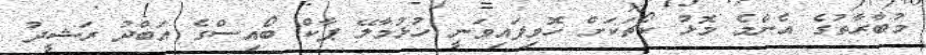
މުބާރާތުގެ އެންމެ މޮޅު ކޯޗަކަށް ހޮވިފައިވަނީ ހުޅުމާލޭ ޕާކް ބޯއިސްގެ އަބްދު ރަޝީދު